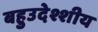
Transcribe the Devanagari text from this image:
बहुउदेश्शीय